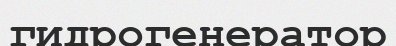
гидрогенератор